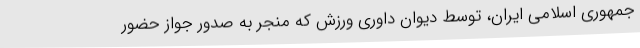
جمهوری اسلامی ایران، توسط دیوان داوری ورزش که منجر به صدور جواز حضور